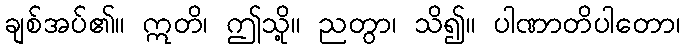
ချစ်အပ်၏။ ဣတိ၊ ဤသို့။ ညတွာ၊ သိ၍။ ပါဏာတိပါတော၊